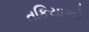
તકિયાઓ